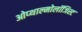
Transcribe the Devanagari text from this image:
ओप्थाल्मोलॉजिस्ट